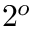
2 ^ { o }